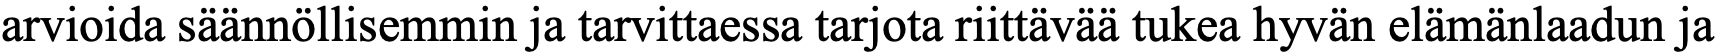
arvioida säännöllisemmin ja tarvittaessa tarjota riittävää tukea hyvän elämänlaadun ja